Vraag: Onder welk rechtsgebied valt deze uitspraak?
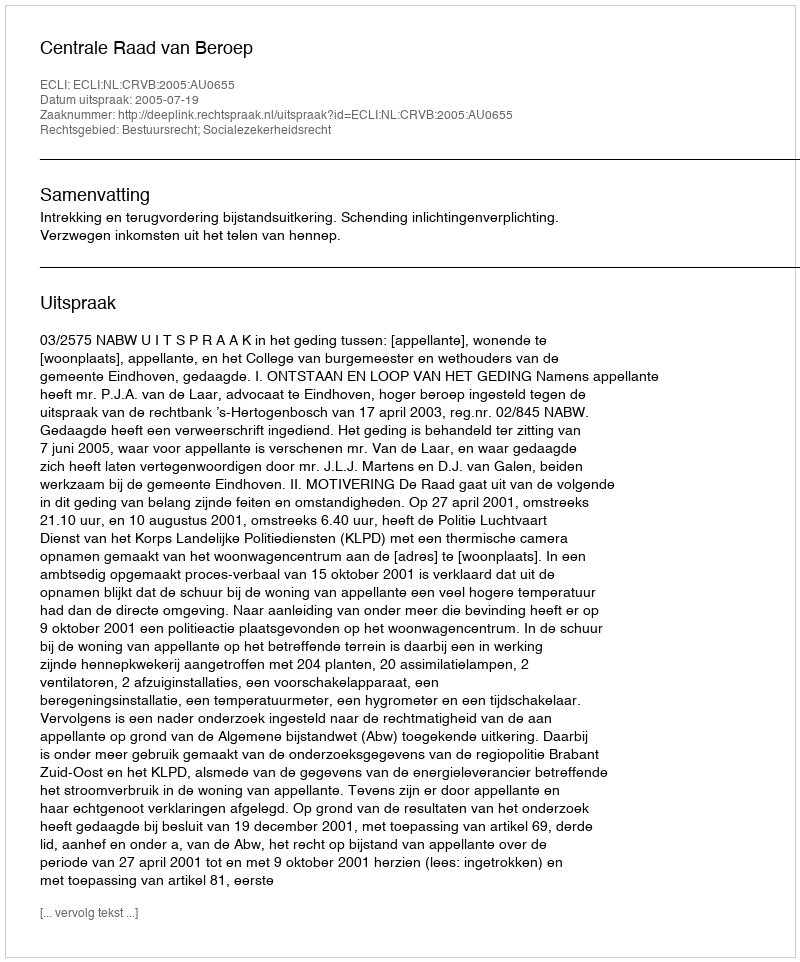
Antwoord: Bestuursrecht; Socialezekerheidsrecht